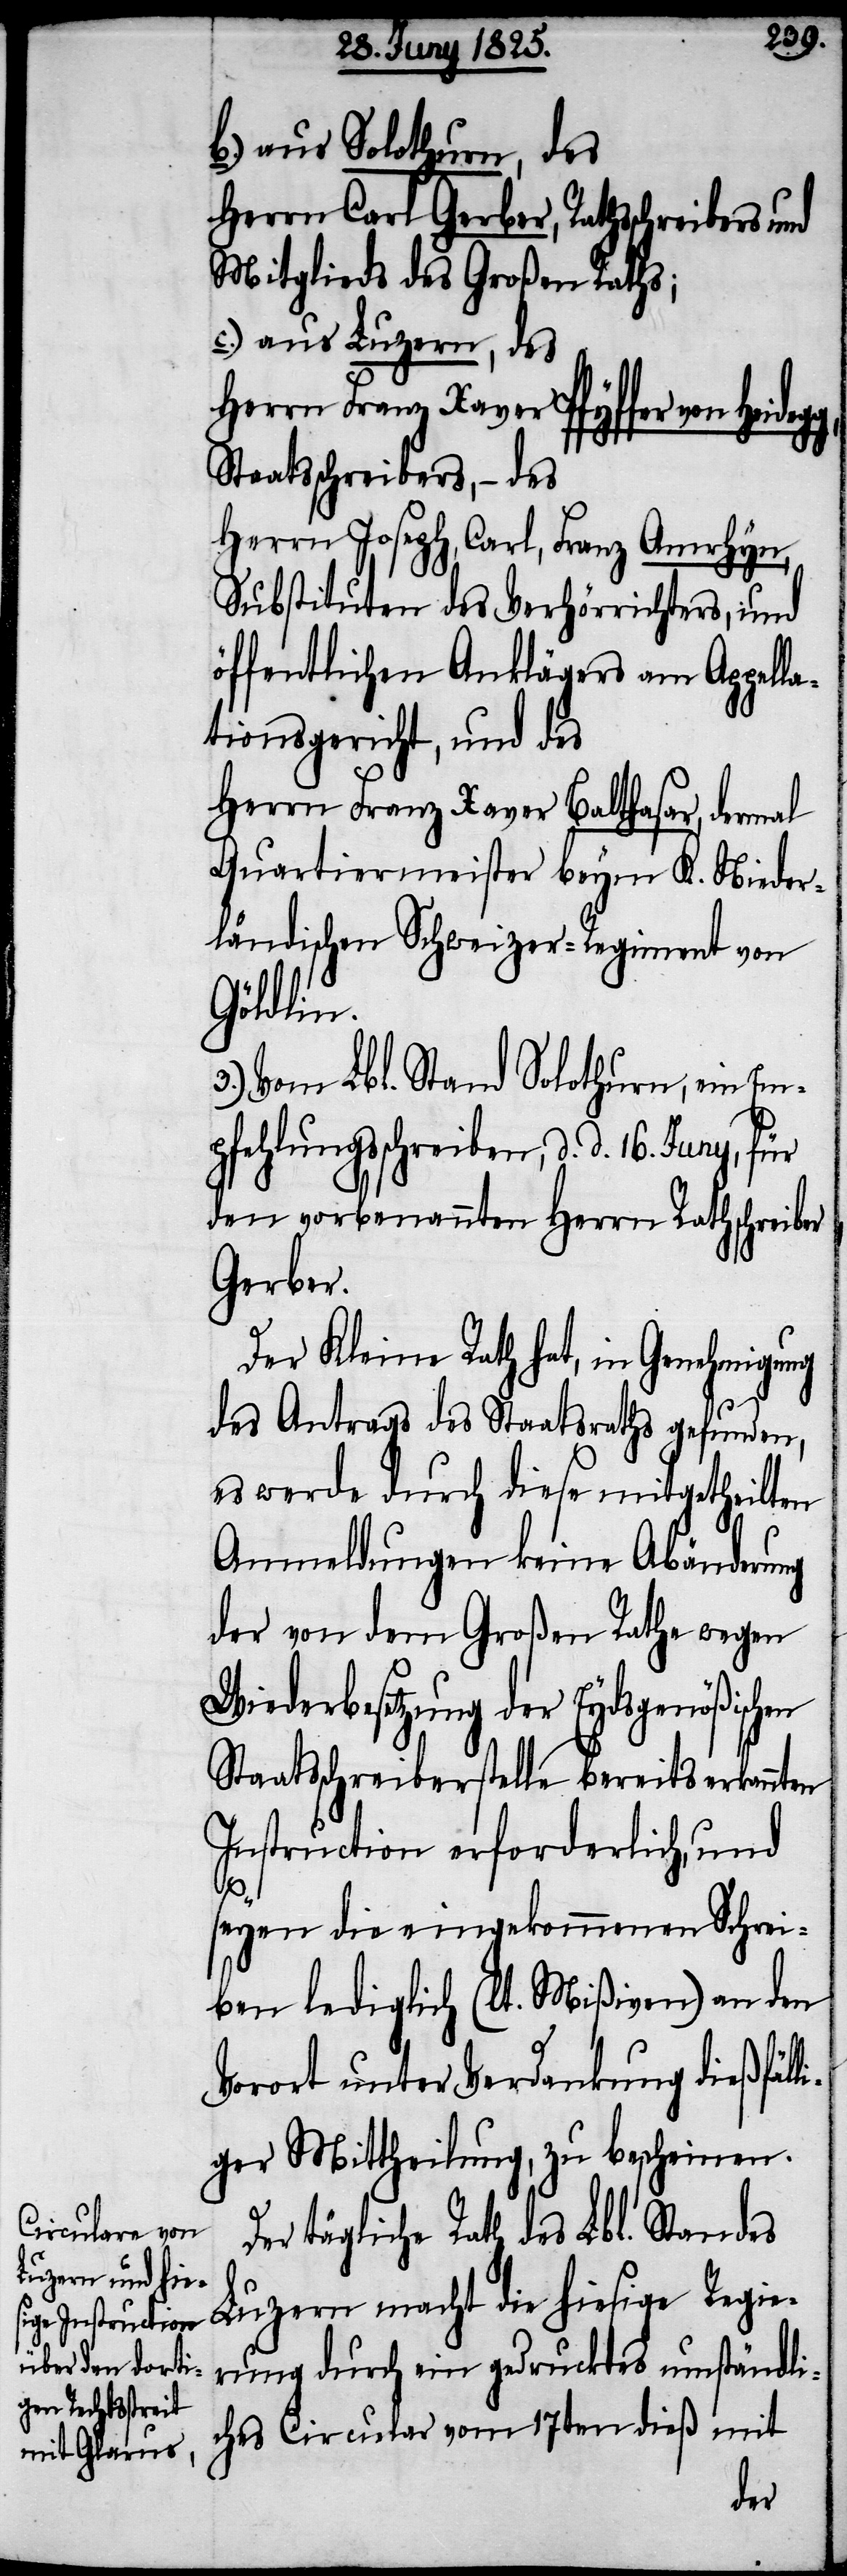
b.) aus Solothurn, des
Herrn Carl Gerber, Rathsschreibers und
Mitglieds des Großen Raths;
c.) aus Luzern, des
Herrn Franz Xaver Pfyffer von
Staatsschreibers, – des
Herrn Joseph, Carl, Franz Amrhyn,
Substituten des Verhörrichters, und
öffentlichen Anklägers am Appella¬
tionsgericht, und des
Herrn Franz Xaver Balthasar, dermal
Quartiermeister beym K. Nieder¬
ländischen Schweizer-Regiment von
Göldlin.
3.) Vom Lbl. Stand Solothurn, ein Em¬
pfehlungsschreiben, d. d. 16. Juny,
den vorbenannten Herrn Rathschreiber
Gerber.
Der Kleine Rath hat, in Genehmigung
des Antrags des Staatsraths gefunden,
es werde durch diese mitgetheilten
Anmeldungen keine Abänderung
der von dem Großen Rathe wegen
Wiederbesetzung der Eydsgenößischen
Staatsschreiberstelle bereits erkannten
Instruction erforderlich, und
seyen die eingekommenen Schrei¬
ben lediglich (lt. Mißiven) an den
Vorort unter Verdankung dießfäll¬
igen Mittheilung, zu bescheinen.
Der tägliche Rath des Lbl. Standes
Luzern macht die hiesige Regie¬
rung durch ein gedrucktes umständli¬
ches Circular vom 17ten dieß mit